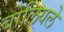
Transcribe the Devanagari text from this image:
बोलियले